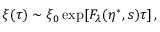
\xi ( \tau ) \sim \xi _ { 0 } \exp [ F _ { \lambda } ( \eta ^ { \ast } , s ) \tau ] \, ,